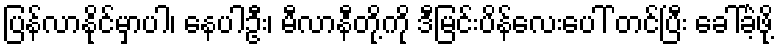
ပြန်လာနိုင်မှာပါ၊ နေပါဦး၊ မီလာနီတို့ကို ဒီမြင်းပိန်လေးပေါ် တင်ပြီး ခေါ်ခဲ့ဖို့